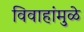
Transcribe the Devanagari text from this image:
विवाहांमुळे